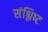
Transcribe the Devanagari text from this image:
संश्लिष्‍ट